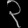
Digit: ၃